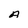
Character: A